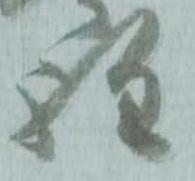
程